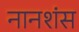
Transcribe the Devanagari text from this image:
नानशंस